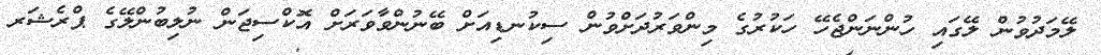
ލޭމަދުވުން ލޭގައި ހުންނަންޖެހޭ ހަކުރުގެ މިންވަރުދަށްވުން ސިކުނޑިއަށް ބޭނުންވާވަރަށް އޮކްސިޖަން ނުލިބުންލޭގެ ޕްރެޝަރ